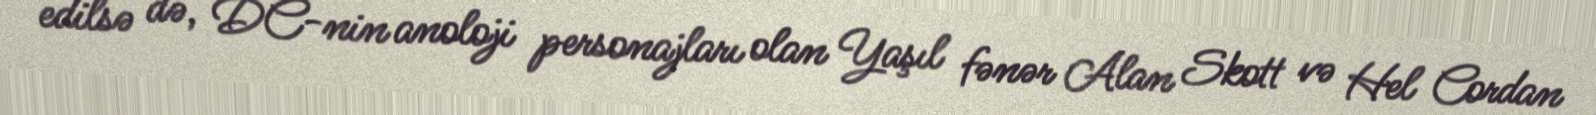
edilsə də, DC-nin anoloji personajları olan Yaşıl fənər Alan Skott və Hel Cordan